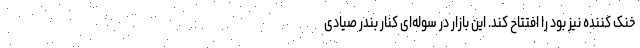
خنک کننده نیز بود را افتتاح کند. این بازار در سوله‌ای کنار بندر صیادی